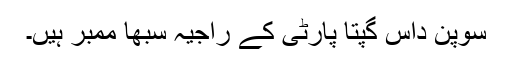
سوپن داس گپتا پارٹی کے راجیہ سبھا ممبر ہیں۔